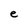
Character: e